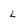
Character: L